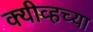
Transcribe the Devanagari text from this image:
क्यीव्हच्या